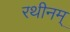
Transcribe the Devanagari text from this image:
रथीनम्